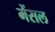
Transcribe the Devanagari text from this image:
मेंसल